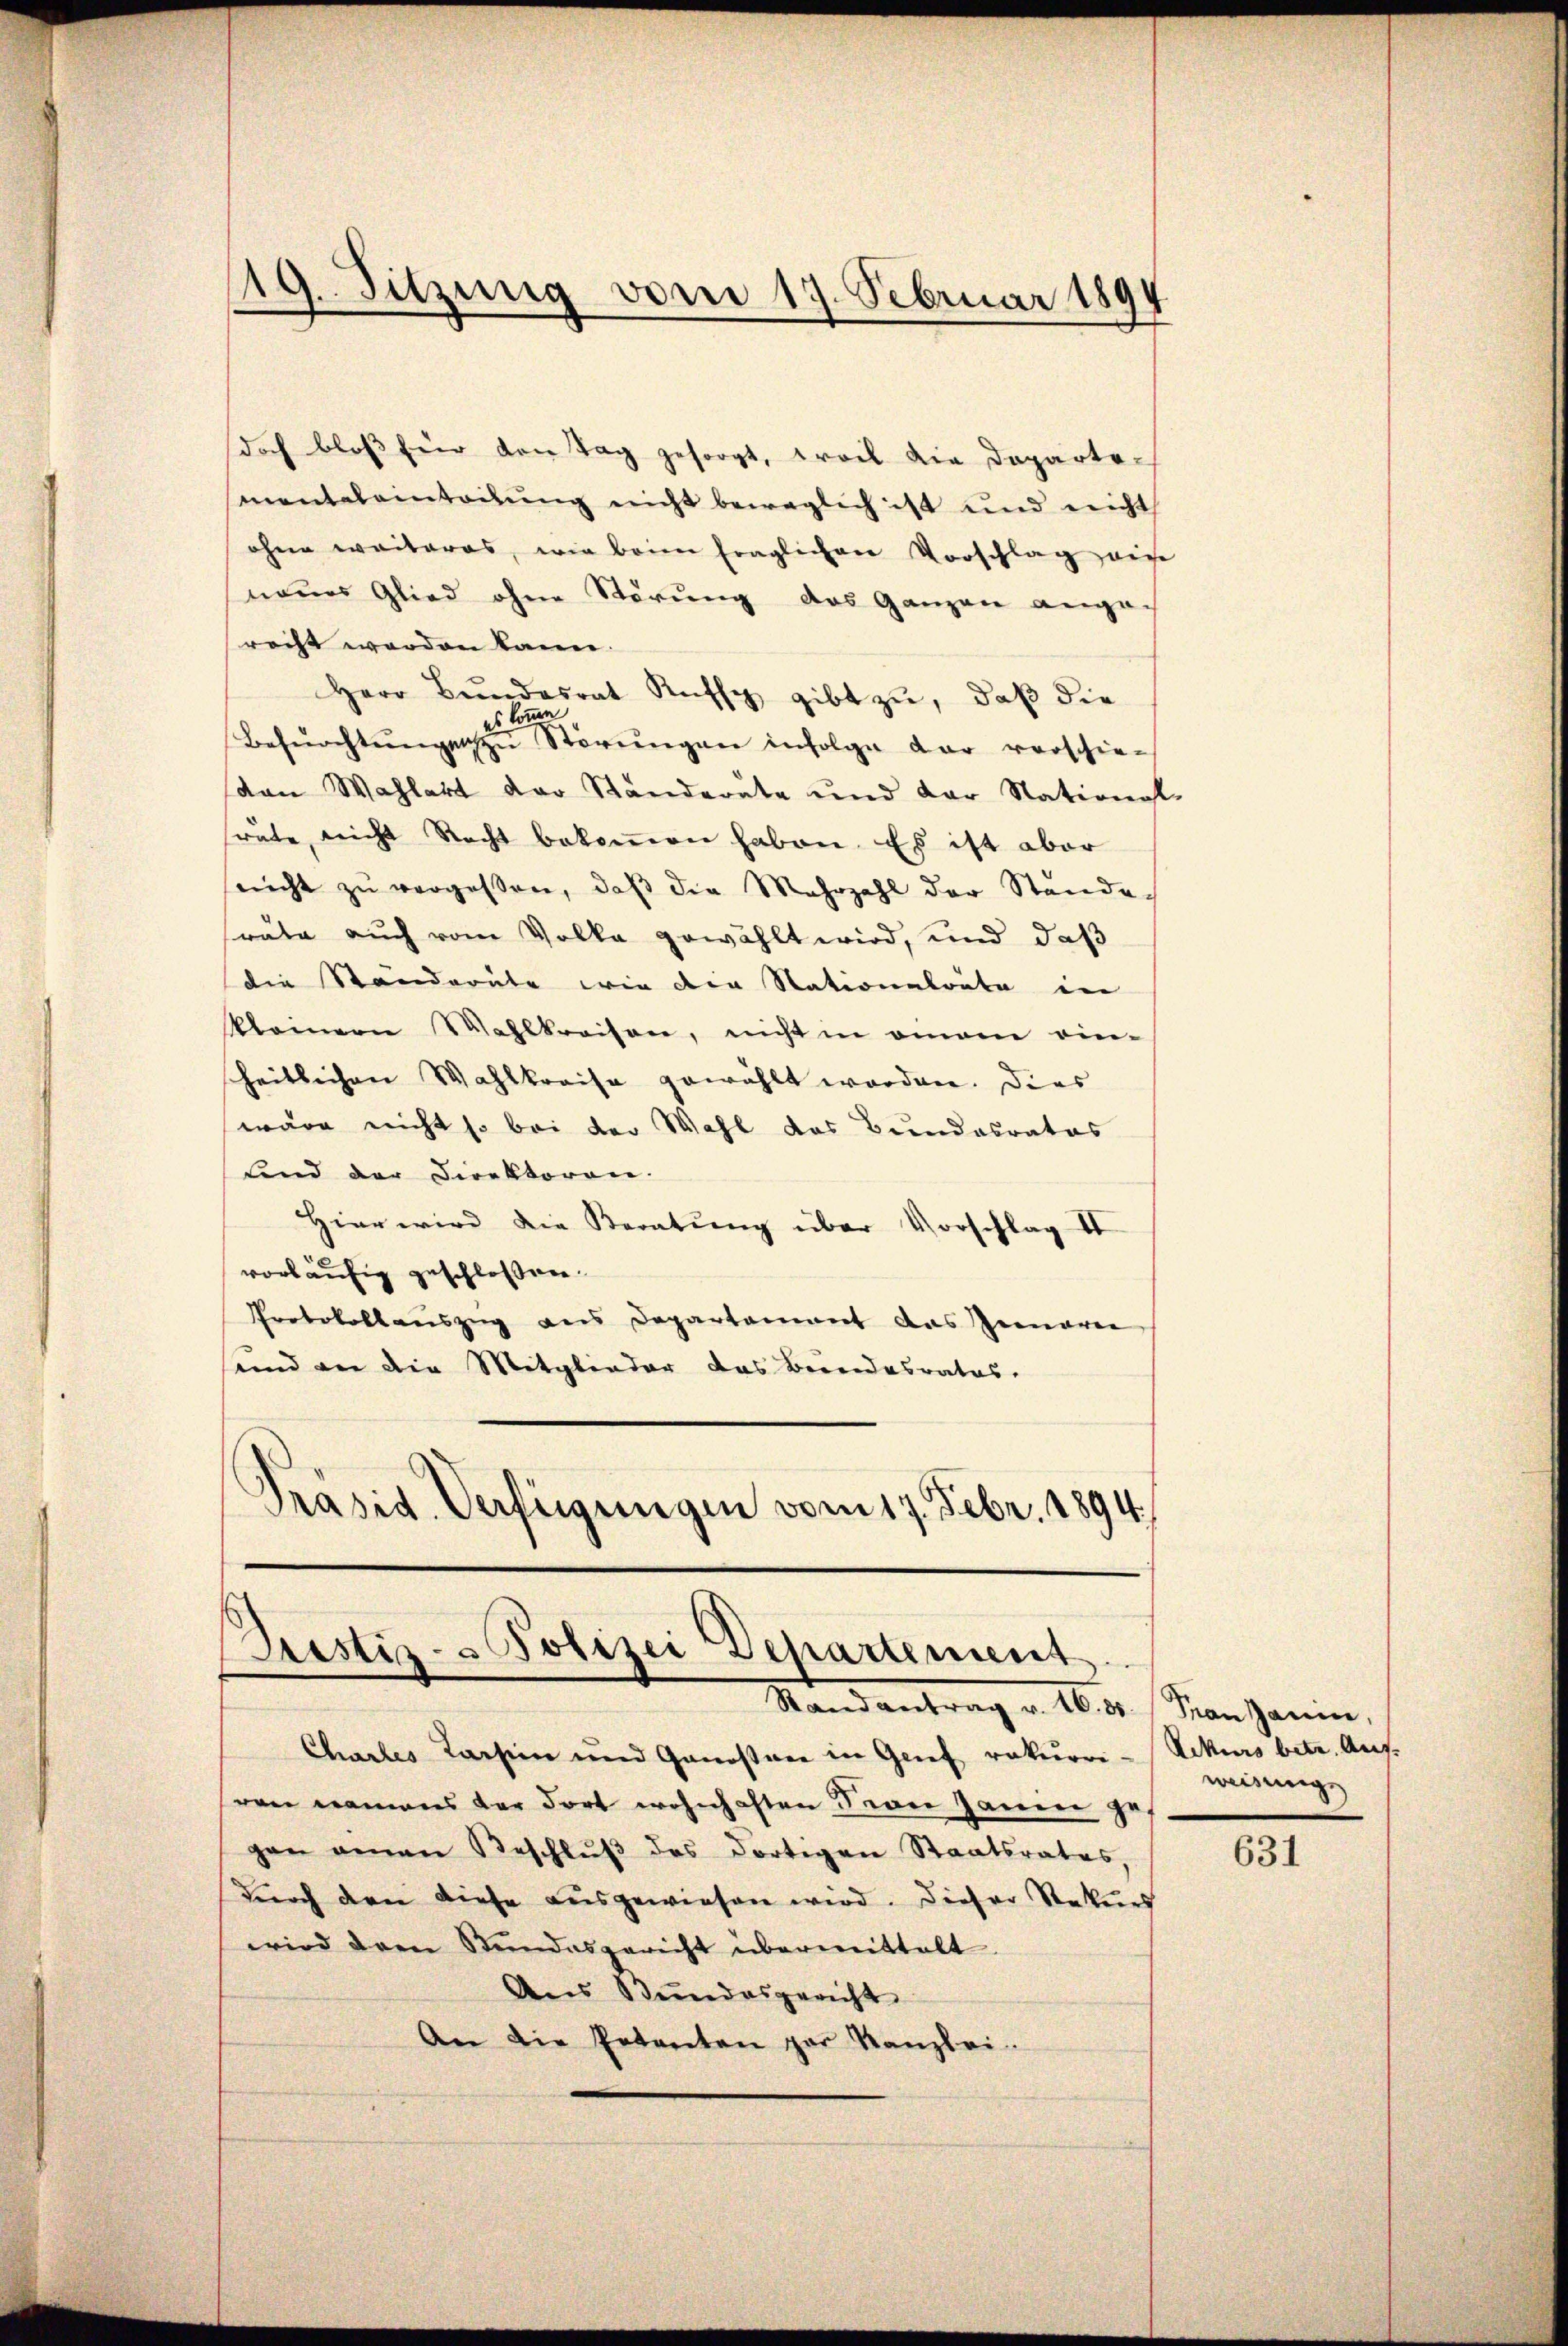
doch bloß für den Tag gesorgt, weil die Dopartementaleinteilung nicht beweglich ist und nicht
ohne weiteres, wie beim fraglichen Vorschlag die
neues Glied ohne Störung das Ganzen angerecht werden kann.
Herr Bŭndesrat Kuss gibt zŭ, daβ die
es komme
Besŭchtŭngen zŭ Störŭngen infolge dar verschie-
(von Wahlart der Standeräte und der National-
sräte, nicht Recht bekommen haben. Es ist aber
nicht zŭ vergessen, daβ die Mehrzahl der Stande
sräte auch vom Volke gewählt wird, und daß
die Standeräte wie die Stationalräte in
Namen Wahlkreisen, nicht in einem ein-
heitlichen Wahlkreise gewählt worden. Dies
wäre nicht so bei der Wahl das Bundesrates
fend der Direktoren.
Hier wird die Beratung über Vorschlag II
vorläufig geschlossen.
Protokollauszug aus Departement das Gemarie
und an die Mitglieder das Bundesrates.
d
Präsid. Verfügungen vom 17. Febr. 1894.

19. Sitzung vom 17. Februar 1894

Prestiz- & Polizei Departement
Stand antrag v. 16. 80. Frau Janice,

Chartes Karsein und Genossen in Grief rekurri-Wekurs betr. Aufren namens der dort wohnhaften Seon Janien ge-
gen einen Beschlŭβ des dortigen Staatsrates,
durch den diese ausgewiesen wird. Dieser Rekurs
wird den Stundesgericht übermittelt.
Aus Stundesgericht
An die Petenten par Kanzlei.

weisung

631